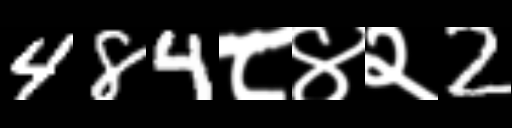
Text: 484८४२2